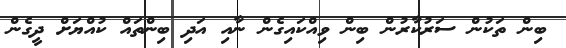
ބިން ތަކުން ސަރުކާރުން ބިން ވިއްކައިގެން ނާއި އަދި ބިންތައް ކުއްޔަށް ދީގެން